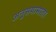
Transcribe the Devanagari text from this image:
अनुसयामाता